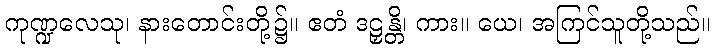
ကုဏ္ဍလေသု၊ နားတောင်းတို့၌။ ဧတံ ဒဠှန္တိ၊ ကား။ ယေ၊ အကြင်သူတို့သည်။